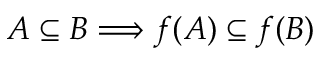
A \subseteq B \Longrightarrow f ( A ) \subseteq f ( B )